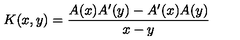
K ( x , y ) = { \frac { A ( x ) A ^ { \prime } ( y ) - A ^ { \prime } ( x ) A ( y ) } { x - y } }